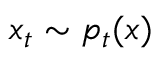
\boldsymbol { x } _ { t } \sim p _ { t } ( \boldsymbol { x } )